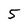
Character: 5